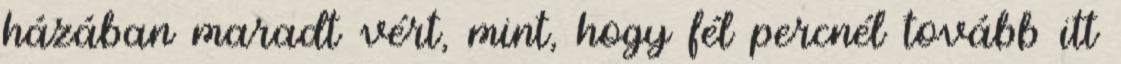
házában maradt vért, mint, hogy fél percnél tovább itt